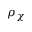
\rho _ { \chi }